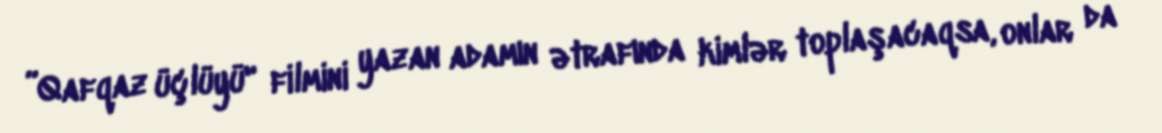
”Qafqaz üçlüyü" filmini yazan adamın ətrafında kimlər toplaşacaqsa, onlar da